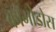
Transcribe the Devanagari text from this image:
कॉमोडोस